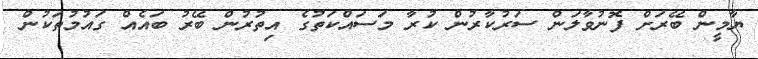
ޔާމީން ބޭރަށް ފޮނުވާލަން ސަރުކާރުން ކުރާ މަސައްކަތުގެ އިތުރުން ބޭރު ބައެއް ގައުމުތަކުން